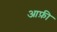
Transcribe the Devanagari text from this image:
आफ़ी